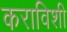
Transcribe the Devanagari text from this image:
कराविशी